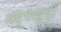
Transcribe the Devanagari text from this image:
बहुपंखुड़ी